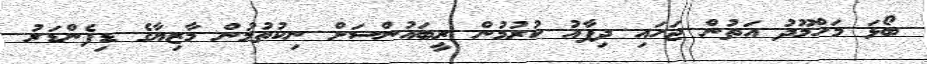
ބޯޅަ މަހްމޫދު އަތުން ޖަހައި ދިފާއު ކުރުމުން ރީބައުންސަށް ނިކުތުމުން މާޒިޔާގެ ޑިފެންޑަރު